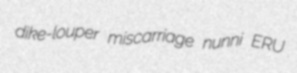
dike-louper miscarriage nunni ERU